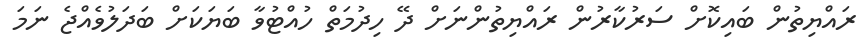
ރައްޔިތުން ބައިކޮށް ސަރުކާރުން ރައްޔިތުންނަށް ދޭ ހިދުމަތް ހުއްޓުވާ ބަޔަކަށް ބަދަލުވެއްޖެ ނަމަ